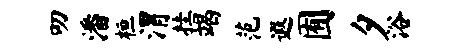
叨潘桓渭挂竭范遐囿夕浴